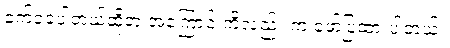
ခက်ခဲခဲ့ပါတယ်ဆိုတဲ့ အကြောင်းကိုလည်း က ဖော်ပြထားပါတယ်။